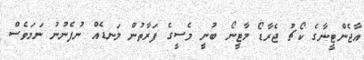
އާޖެންޓީނާގެ ކޯޗު ޖެރާޑޯ މާޓީނޯ ބުނީ މެސީގެ ފަރާތުން ލަނޑެއް ނުފެނުނު ނަމަވެސް